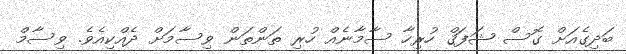
ބަދިގެއަށް ގޮސް ޝަފަޤް ހުރިހާ ސާމާނެއް ހުރި ތަންތަން ވިސާމަށް ދެއްކިއެވެ. ވިސާމް